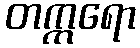
တက္ကရော